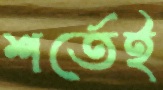
শর্তেই